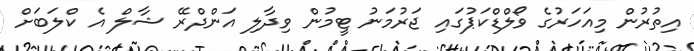
އިތުރުން މިއަހަރުގެ ވޯލްޑްކަޕުގައި ޖަރުމަނު ޓީމުން ވިދާލި އަންދްރޭ ޝާލް އެ ކްލަބަށް